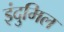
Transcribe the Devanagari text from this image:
इंदुमिल